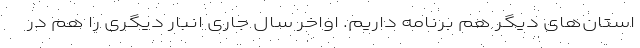
استان‌های دیگر هم برنامه داریم. اواخر سال جاری انبار دیگری را هم در